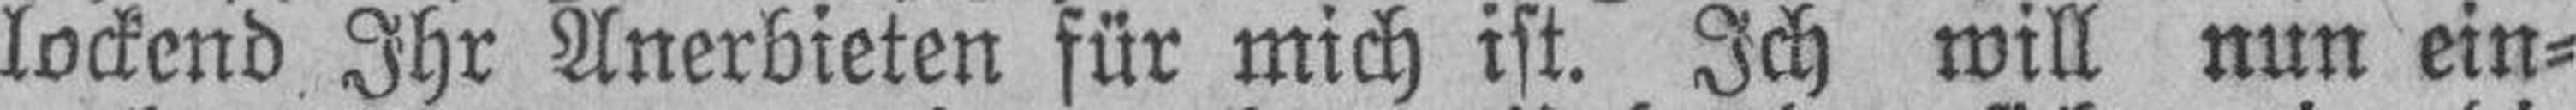
lockend Ihr Anerbieten für mich ist. Ich will nun ein¬